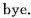
bye.